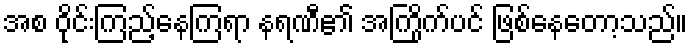
အစ ဝိုင်းကြည့်နေကြရာ နရဏီ၏ အကြိုက်ပင် ဖြစ်နေတော့သည်။